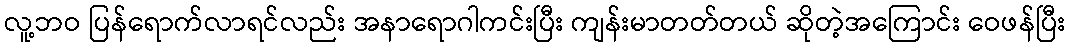
လူ့ဘဝ ပြန်ရောက်လာရင်လည်း အနာရောဂါကင်းပြီး ကျန်းမာတတ်တယ် ဆိုတဲ့အကြောင်း ဝေဖန်ပြီး